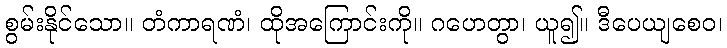
စွမ်းနိုင်သော။ တံကာရဏံ၊ ထိုအကြောင်းကို။ ဂဟေတွာ၊ ယူ၍။ ဒီပေယျစေဝ၊